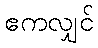
ဧကလျှင်